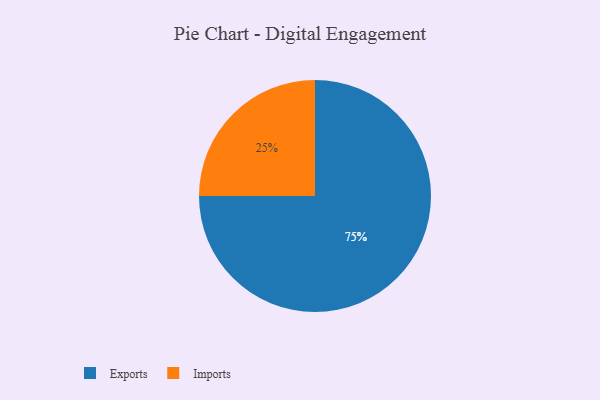
{"axis": {"x": "Category", "y": "Percentage"}, "legend": ["Exports", "Imports"], "data": [{"x": "Imports", "y": 25, "type": "Imports"}, {"x": "Exports", "y": 75, "type": "Exports"}]}